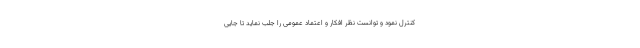
کنترل نمود و توانست نظر افکار و اعتماد عمومی را جلب نماید تا جایی